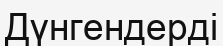
Дүнгендерді